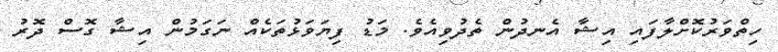
ހިތްވަރުކޮށްލާފައި އިޝާ އެނދުން ތެދުވިއެވެ. މަޑު ފިޔަވަޅުތަކެއް ނަގަމުން އިޝާ ގޮސް ދޮރު